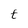
Character: t